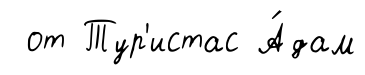
от Тур'истас А́дам